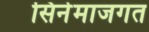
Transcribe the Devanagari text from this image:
सिनेमाजगत